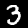
Label: 3